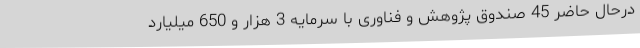
درحال حاضر 45 صندوق پژوهش و فناوری با سرمایه 3 هزار و 650 میلیارد